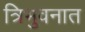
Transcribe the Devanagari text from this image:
त्रिभुवनात